Civil Veterinary Department Bengal reports 1923-33 - 1923-1933
Year: 1923
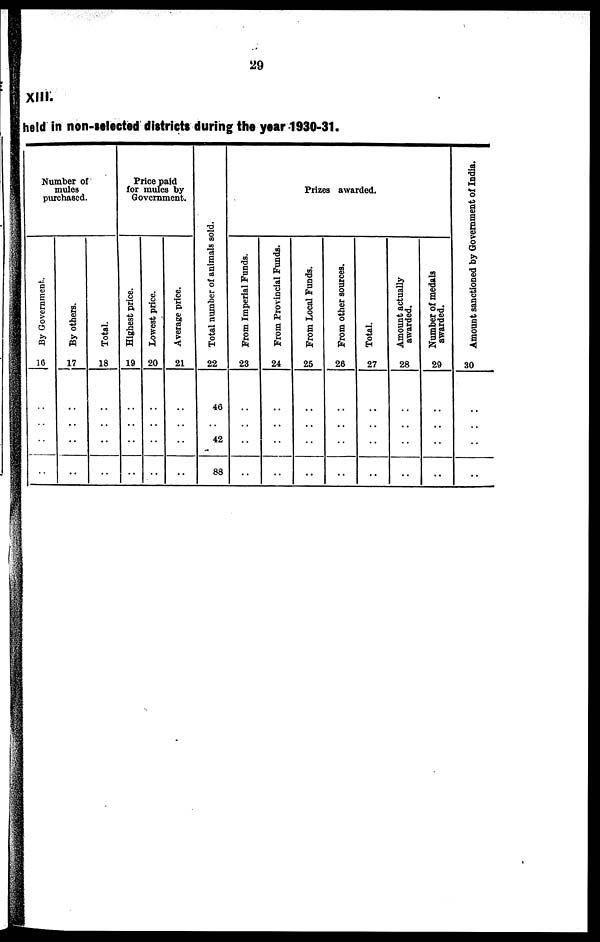
29
XIII.
held in non-stlected districts during the year 1930-31.
Number of
mules
purchased.
By Government.
16
..
..
..
By others.
17
..
..
..
Total.
18
..
..
..
Price paid
for mules by
Government.
Highest price.
19
..
..
..
lowest price.
20
..
..
..
Average price.
21
..
..
..
Total number of animals sold.
22
46
42
88
Prizes awarded.
From Imperial Funds.
23
..
..
..
From Provincial Funds.
24
..
..
..
From Local Funds.
25
..
..
..
From other sources.
26
..
..
..
Total.
27
..
..
..
Amount actually
awarded.
28
..
..
..
Number of medals
awarded.
20
..
..
..
Amount sanctioned by Government of India.
30
..
..
..